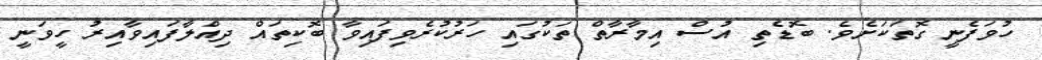
ހުވަފެނީ ގޮތަކަށެވެ. ބޮޑެތި އުސް އިމާރާތް ތަކުގައި ހަރުކުރެވިފައިވާ ބޮކިތައް ދިއްލާފައިވާއިރު ހީވަނީ